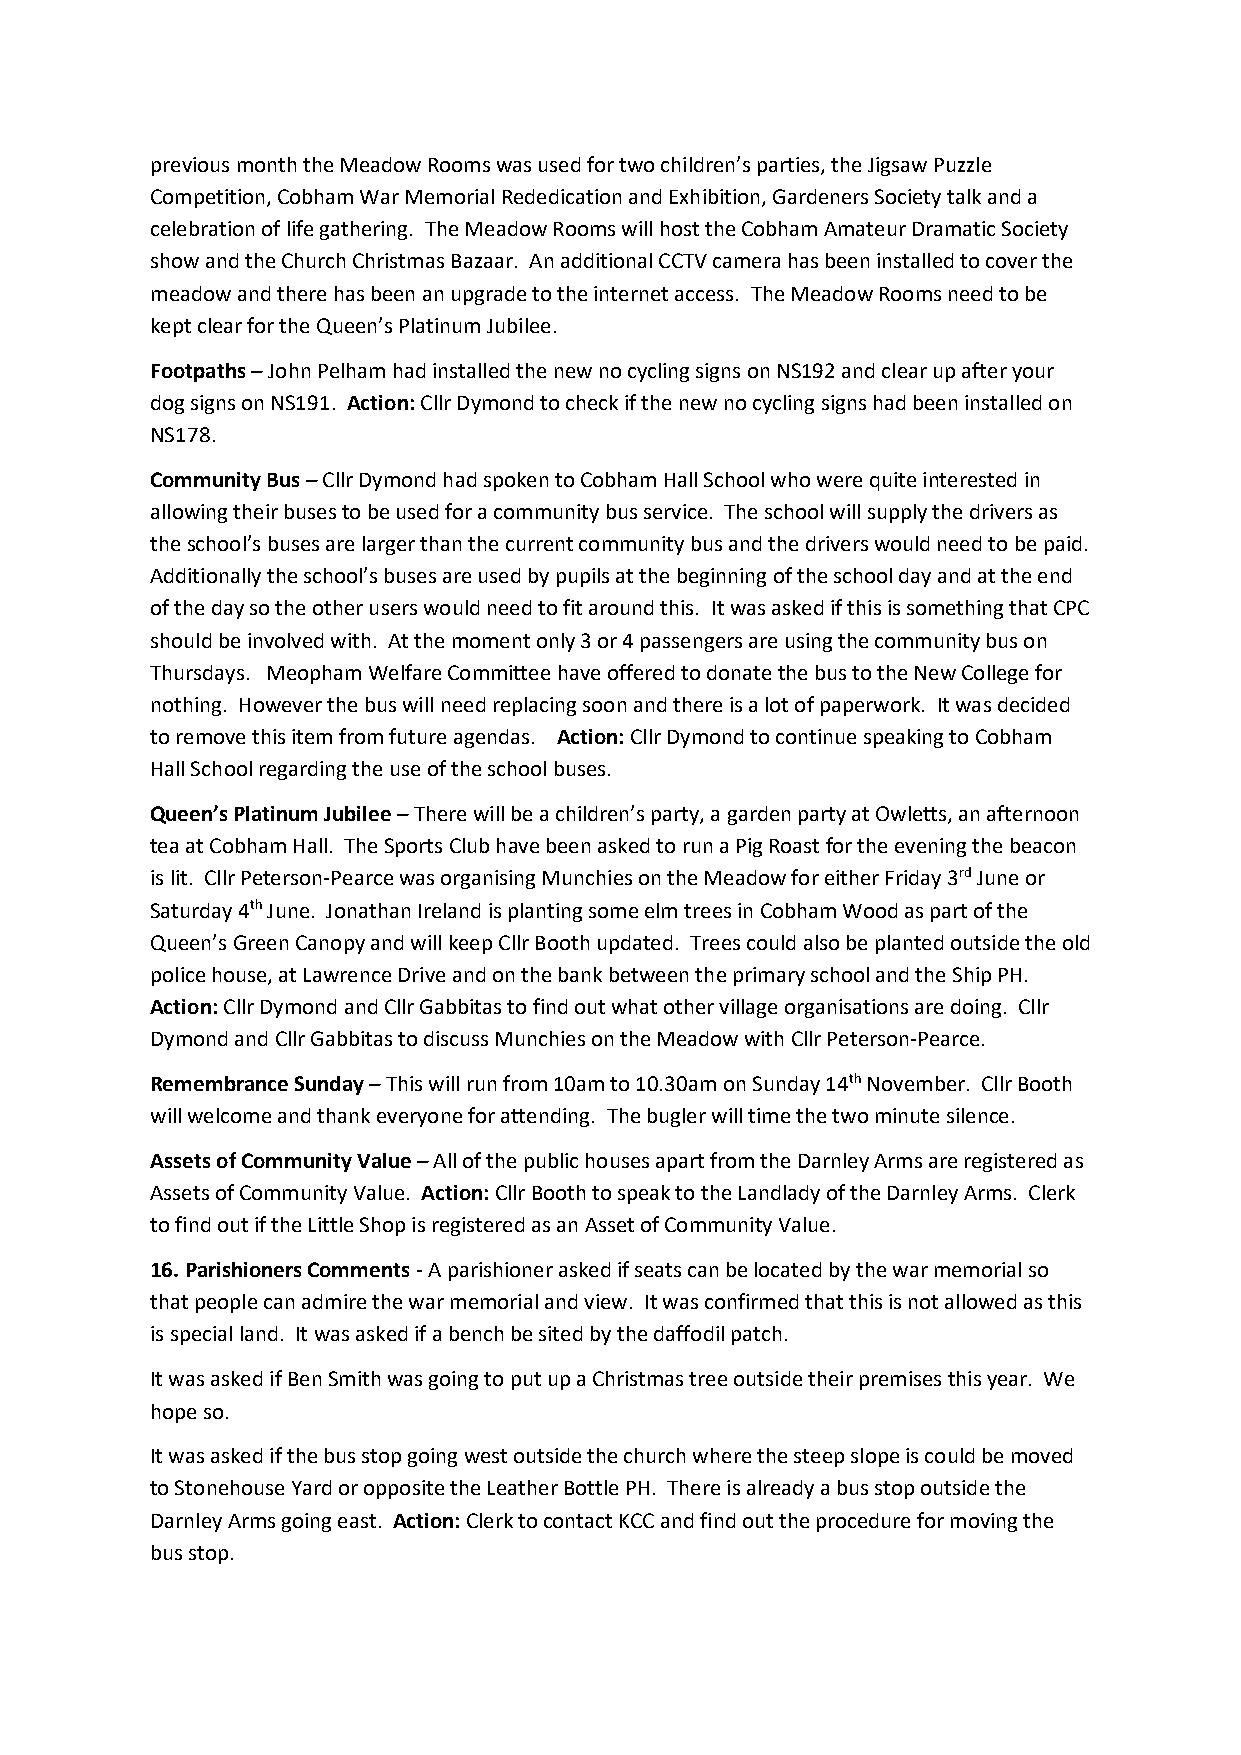
previous month the Meadow Rooms was used for two children’s parties, the Jigsaw Puzzle
 Competition, Cobham War Memorial Rededication and Exhibition, Gardeners Society talk and a
 celebration of life gathering. The Meadow Rooms will host the Cobham Amateur Dramatic Society
 show and the Church Christmas Bazaar. An additional CCTV camera has been installed to cover the
 meadow and there has been an upgrade to the internet access. The Meadow Rooms need to be
 kept clear for the Queen’s Platinum Jubilee.
 Footpaths – John Pelham had installed the new no cycling signs on NS192 and clear up after your
 dog signs on NS191. Action: Cllr Dymond to check if the new no cycling signs had been installed on
 NS178.
 Community Bus – Cllr Dymond had spoken to Cobham Hall School who were quite interested in
 allowing their buses to be used for a community bus service. The school will supply the drivers as
 the school’s buses are larger than the current community bus and the drivers would need to be paid.
 Additionally the school’s buses are used by pupils at the beginning of the school day and at the end
 of the day so the other users would need to fit around this. It was asked if this is something that CPC
 should be involved with. At the moment only 3 or 4 passengers are using the community bus on
 Thursdays. Meopham Welfare Committee have offered to donate the bus to the New College for
 nothing. However the bus will need replacing soon and there is a lot of paperwork. It was decided
 to remove this item from future agendas. Action: Cllr Dymond to continue speaking to Cobham
 Hall School regarding the use of the school buses.
 Queen’s Platinum Jubilee – There will be a children’s party, a garden party at Owletts, an afternoon
 tea at Cobham Hall. The Sports Club have been asked to run a Pig Roast for the evening the beacon
 is lit. Cllr Peterson-Pearce was organising Munchies on the Meadow for either Friday 3rd June or
 Saturday 4th June. Jonathan Ireland is planting some elm trees in Cobham Wood as part of the
 Queen’s Green Canopy and will keep Cllr Booth updated. Trees could also be planted outside the old
 police house, at Lawrence Drive and on the bank between the primary school and the Ship PH.
 Action: Cllr Dymond and Cllr Gabbitas to find out what other village organisations are doing. Cllr
 Dymond and Cllr Gabbitas to discuss Munchies on the Meadow with Cllr Peterson-Pearce.
 Remembrance Sunday – This will run from 10am to 10.30am on Sunday 14th November. Cllr Booth
 will welcome and thank everyone for attending. The bugler will time the two minute silence.
 Assets of Community Value – All of the public houses apart from the Darnley Arms are registered as
 Assets of Community Value. Action: Cllr Booth to speak to the Landlady of the Darnley Arms. Clerk
 to find out if the Little Shop is registered as an Asset of Community Value.
 16. Parishioners Comments - A parishioner asked if seats can be located by the war memorial so
 that people can admire the war memorial and view. It was confirmed that this is not allowed as this
 is special land. It was asked if a bench be sited by the daffodil patch.
 It was asked if Ben Smith was going to put up a Christmas tree outside their premises this year. We
 hope so.
 It was asked if the bus stop going west outside the church where the steep slope is could be moved
 to Stonehouse Yard or opposite the Leather Bottle PH. There is already a bus stop outside the
 Darnley Arms going east. Action: Clerk to contact KCC and find out the procedure for moving the
 bus stop.